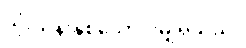
သုံးသိန်းနှစ်သောင်းမျှရှိသည်။